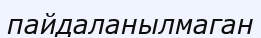
пайдаланылмаган